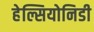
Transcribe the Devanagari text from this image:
हेल्सियोनिडी